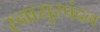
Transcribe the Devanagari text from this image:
स्नायुस्पंदन